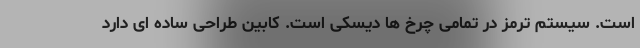
است. سیستم ترمز در تمامی چرخ ها دیسکی است. کابین طراحی ساده ای دارد